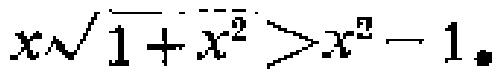
\(x\sqrt{1 + x^{2}}>x^{2}-1\)